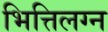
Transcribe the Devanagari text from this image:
भित्तिलग्न